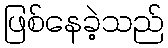
ဖြစ်နေခဲ့သည်